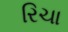
રિચા